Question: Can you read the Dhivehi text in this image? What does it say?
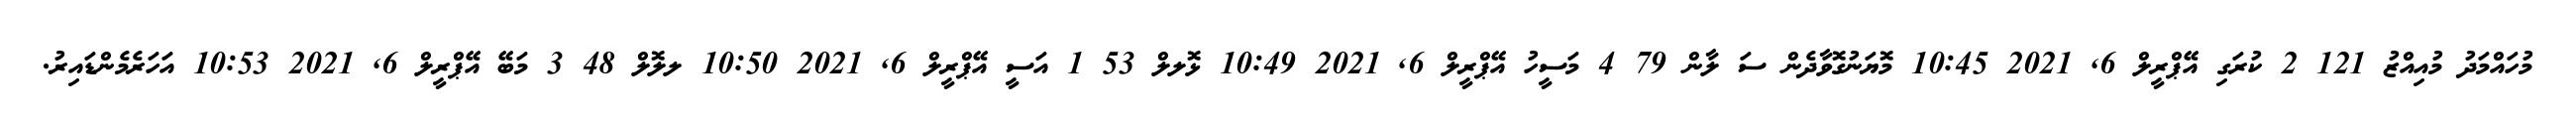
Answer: މުހައްމަދު މުއިއްޒު 121 2 ކުރަގި އޭޕްރީލް 6, 2021 10:45 މޮޔަނުގޮވާދެން ސަ ލާން 79 4 މަސީހު އޭޕްރީލް 6, 2021 10:49 ޅޮލލް 53 1 އަސީ އޭޕްރީލް 6, 2021 10:50 ލލޮލް 48 3 މަބޭ އޭޕްރީލް 6, 2021 10:53 އަހަރެމެންޑައިރު.